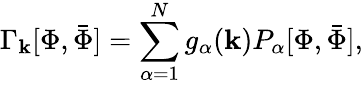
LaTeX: \Gamma_{\mathbf{k}}[\Phi,{\bar{{\Phi}}}]=\sum_{\alpha=1}^{N}g_{\alpha}(\mathbf{k})P_{\alpha}[\Phi,{\bar{{\Phi}}}],